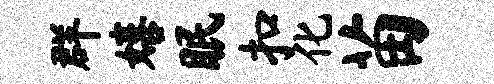
群嬉眠扣化苗